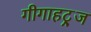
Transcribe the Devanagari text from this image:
गीगाहट्र्ज